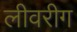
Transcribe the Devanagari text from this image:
लीवरीग